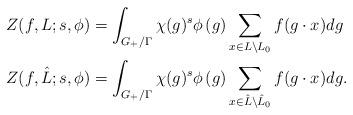
LaTeX: \begin{align*} Z(f, L; s, \phi) &= \int_{ G_+/\Gamma}\chi(g)^s\phi\left(g\right)\sum_{x\in L \setminus L_0}f(g\cdot x)dg\\ Z(f, \hat{L}; s, \phi) &= \int_{ G_+/\Gamma}\chi(g)^s\phi\left(g\right)\sum_{x\in \hat{L} \setminus \hat{L}_0}f(g\cdot x)dg.\end{align*}